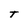
Character: T